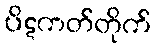
ပိဋကတ်တိုက်